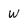
Character: W